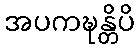
အပကဍ္ဎန္တိပိ